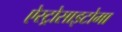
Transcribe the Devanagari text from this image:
ऐस्ट्रोसाइटोमा